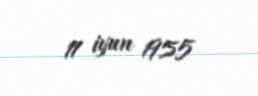
11 iyun 1955